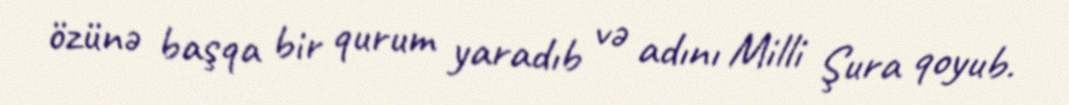
özünə başqa bir qurum yaradıb və adını Milli Şura qoyub.